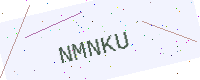
Text: NMNKU